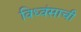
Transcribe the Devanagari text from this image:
विध्वंसाची